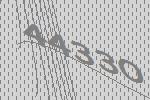
44330